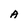
Character: A